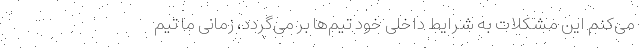
می‌کنم این مشکلات به شرایط داخلی خود تیم‌ها بر می‌گردد، زمانی ما تیم